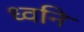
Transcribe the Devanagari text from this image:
ध्‍वनि